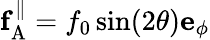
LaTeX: \mathbf{f}_{\mathrm{A}}^{\| }=f_{0}\sin(2\theta)\mathbf{e}_{\phi}